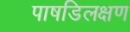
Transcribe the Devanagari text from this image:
पाषडिलक्षण